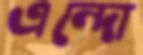
এন্দো